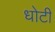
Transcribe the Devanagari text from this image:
धोटी